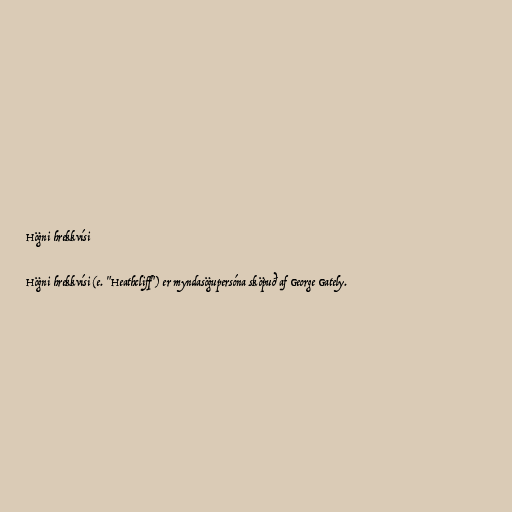
Högni hrekkvísi

Högni hrekkvísi (e. "Heathcliff") er myndasögupersóna sköpuð af George Gately.